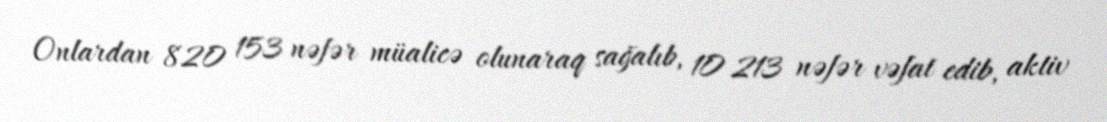
Onlardan 820 153 nəfər müalicə olunaraq sağalıb, 10 213 nəfər vəfat edib, aktiv